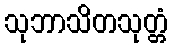
သုဘာသိတသုတ္တံ